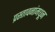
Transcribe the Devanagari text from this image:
प्रस्तावनांमधून